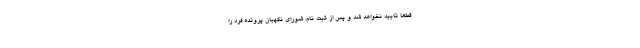
قطعاً تایید نخواهد شد و پس از ثبت نام، شورای نگهبان پرونده فرد را